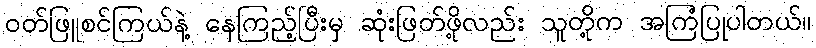
ဝတ်ဖြူစင်ကြယ်နဲ့ နေကြည့်ပြီးမှ ဆုံးဖြတ်ဖို့လည်း သူတို့က အကြံပြုပါတယ်။